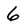
Character: 6